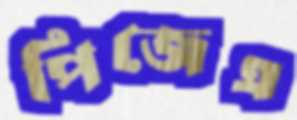
পিজেএ